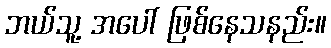
ဘယ်သူ့ အပေါ် ဖြစ်နေသနည်း။